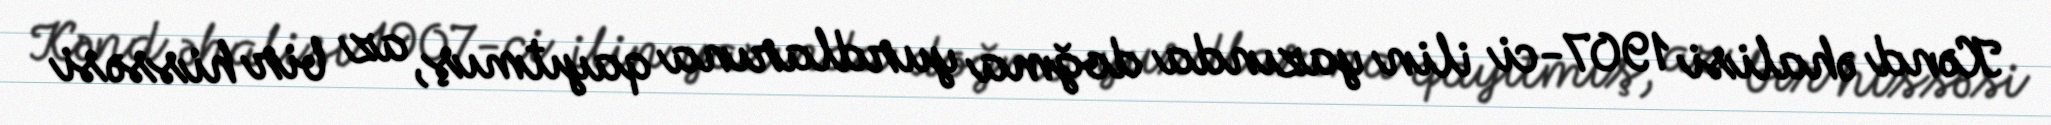
Kənd əhalisi 1907-ci ilin yazında doğma yurdlarına qayıtmış, az bir hissəsi